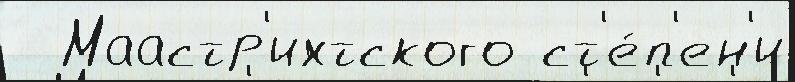
  Маастр'ихтского ст'е́п'ен'и